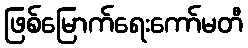
ဖြစ်မြောက်ရေးကော်မတီ